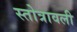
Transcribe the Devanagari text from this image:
स्तोत्रावली